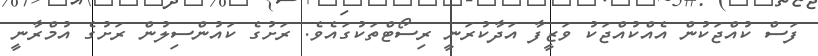
ފަސް ކުއްޖަކުން އެއްކުއްޖަކު ވަޒީފާ އަދާކުރަނީ ރިސޯޓްތަކުގައެވެ. ރަށުގެ ކައުންސިލުން ރަށުގެ އުމްރާނީ